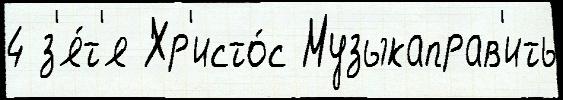
4 з'я́т'я Хр'исто́с Музыкаправ'ить